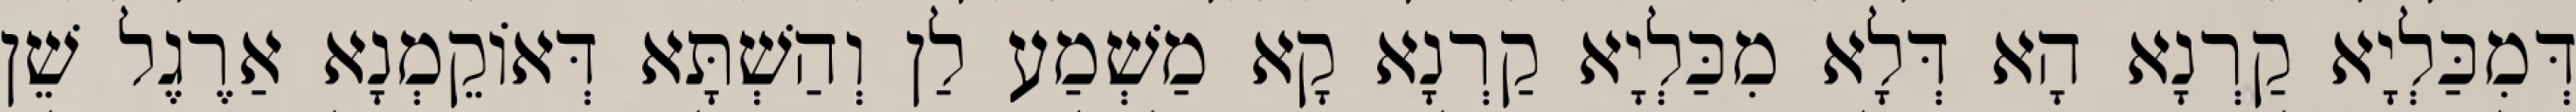
דְּמִכַּלְיָא קַרְנָא הָא דְּלָא מִכַּלְיָא קַרְנָא קָא מַשְׁמַע לַן וְהַשְׁתָּא דְּאוֹקֵמְנָא אַרֶגֶל שֵׁן